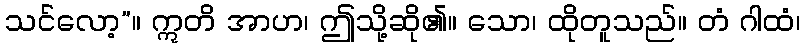
သင်လော့”။ ဣတိ အာဟ၊ ဤသို့ဆို၏။ သော၊ ထိုတူသည်။ တံ ဂါထံ၊